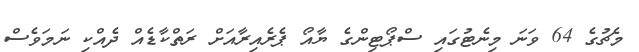
މެޗުގެ 64 ވަނަ މިނެޓުގައި ސްޕޯޓިންގެ ޔާއޯ ޕެރެއިރާއަށް ރަތްކާޑެއް ދެއްކި ނަމަވެސް